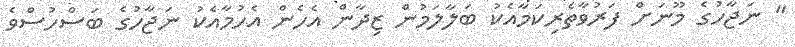
" ނަޖާހުގެ މޫނަށް ފަރުވާތެރިކަމާއެކު ބަލާލަމުން ޒިދާން އެހެން އެހުމާއެކު ނަޖާހުގެ ބަސްހުސްވެ